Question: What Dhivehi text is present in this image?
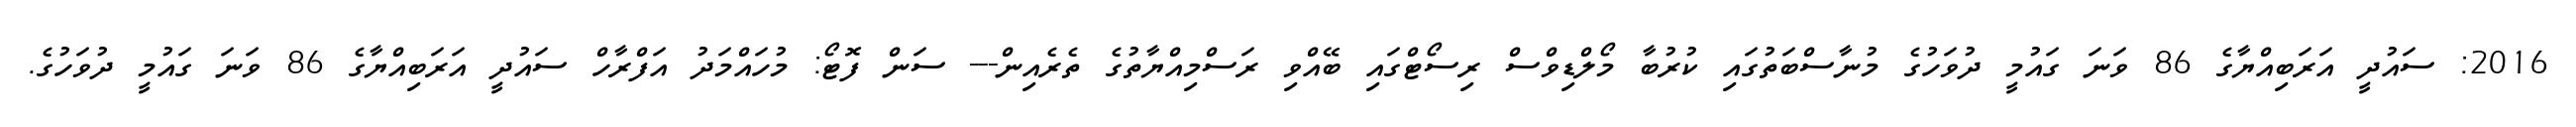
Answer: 2016: ސައުދީ އަރަބިއްޔާގެ 86 ވަނަ ގައުމީ ދުވަހުގެ މުނާސްބަތުގައި ކުރުބާ މޯލްޑިވްސް ރިސޯޓްގައި ބޭއްވި ރަސްމިއްޔާތުގެ ތެރެއިން--- ސަން ފޮޓޯ: މުހައްމަދު އަފްރާހް ސައުދީ އަރަބިއްޔާގެ 86 ވަނަ ގައުމީ ދުވަހުގެ.